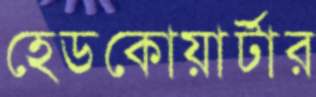
হেডকোয়ার্টার